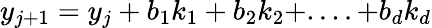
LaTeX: y_{j+1}=y_{j}+b_{1}k_{1}+b_{2}k_{2}+....+b_{d}k_{d}